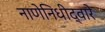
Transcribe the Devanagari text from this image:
नाणेनिधीद्वारे